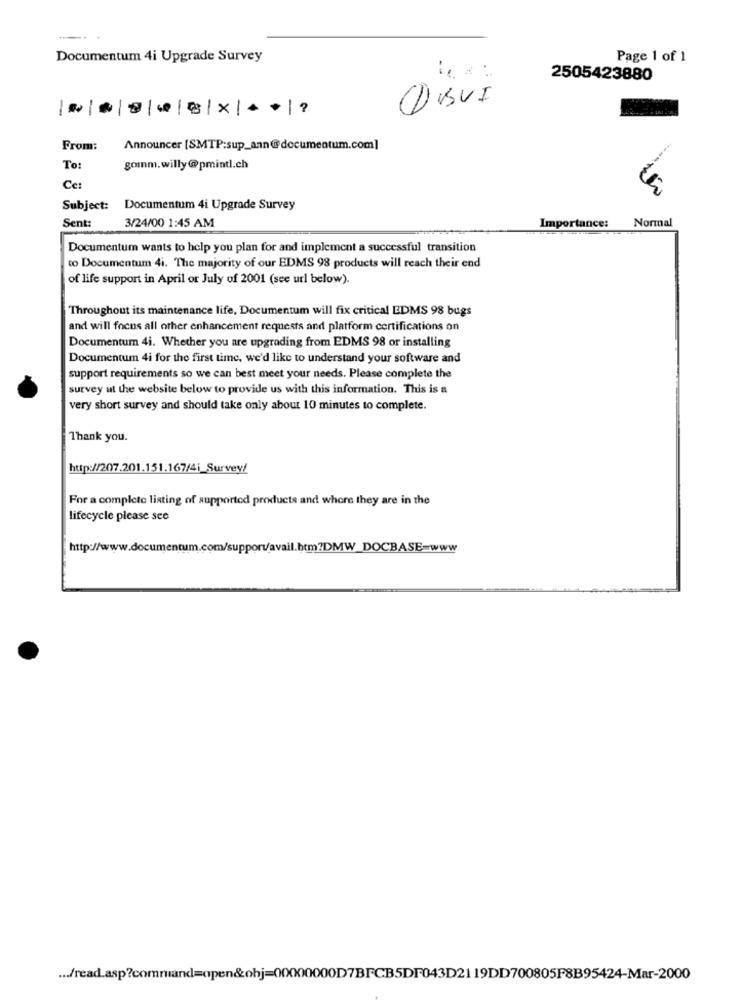
Documentum 4i Upgrade Survey
Page 1 of 1
--
2505423880
From:
Announcer [SMTP:sup_ann@documentum.com]
To:
gomnm.willy@pmintl.ch
Ce
Subject:
Documentum 4i Upgrade Survey
Sent:
Importance:
Normal
3/24/00 1:45 AM
Documentum wants to help you plan for and implement a successful transition
to Documentum 4i. The majority of our EDMS 98 products will reach their end
of life support in April or July of 2001 (see url below).
Throughout its maintenance life, Documentum will fix critical EDMS 98 bugs
and will focus all other enhancement requests and platform certifications on
Documentum 4i. Whether you are upgrading from EDMS 98 or installing
Documentum 4i for the first time, we'd like to understand your software and
support requirements so we can best meet your needs. Please complete the
survey at the website below to provide us with this information. This is a
very short survey and should take only about 10 minutes to complete.
Thank you.
http://207.201.151.167/4i_Survey/
For a complete listing of supported products and where they are in the
lifecycle please see
... /read.asp?command=open&obj=00000000D7BFCB5DF043D2119DD700805F8B95424-Mar-2000